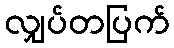
လျှပ်တပြက်